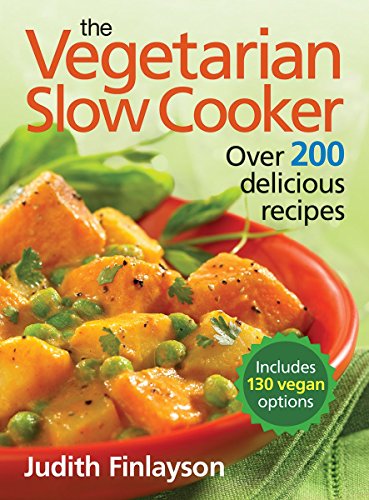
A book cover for The Vegetarian Slow Cooker: Over 200 Delicious Recipes; Judith Finlayson; Cookbooks, Food & Wine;